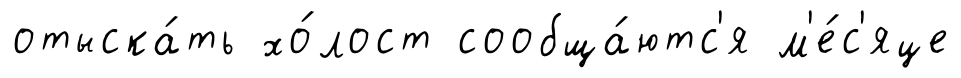
отыска́ть хо́лост сообща́ютс'я м'е́с'яце